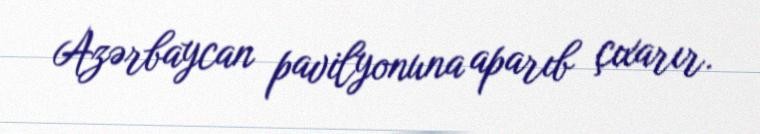
Azərbaycan pavilyonuna aparıb çıxarır.